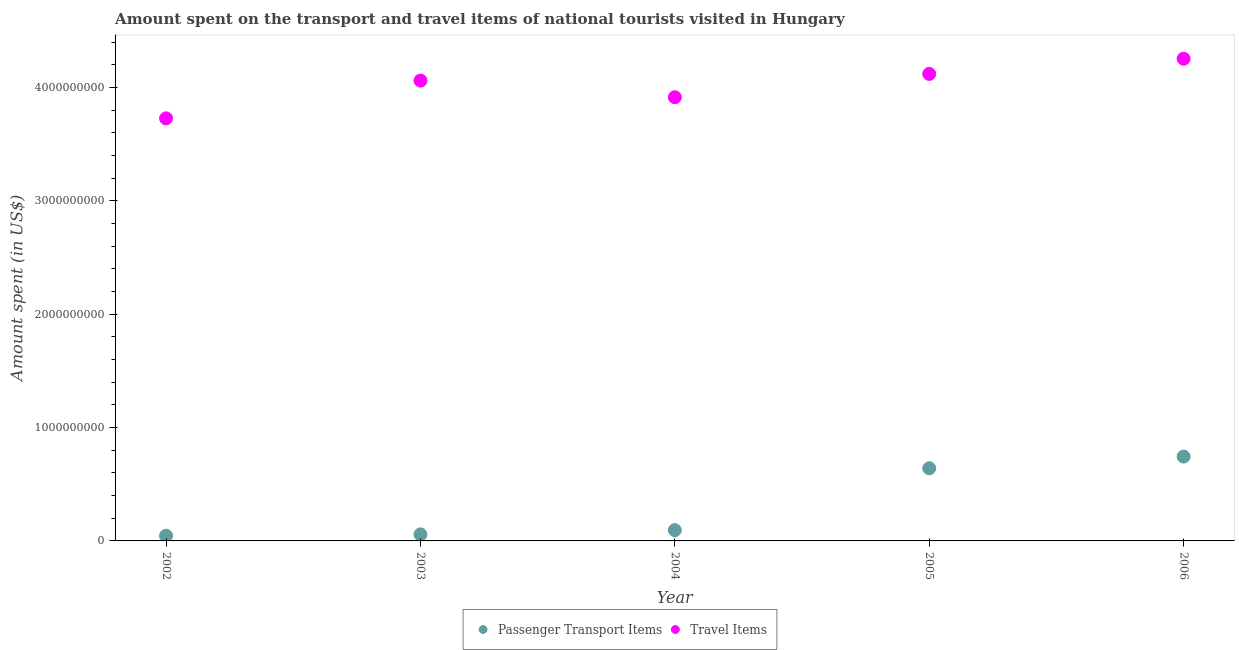
| Year | Passenger Transport Items | Travel Items |
 | --- | --- | --- |
 | 2002 | 4.6e+07 | 3.73e+09 |
 | 2003 | 5.8e+07 | 4.06e+09 |
 | 2004 | 9.5e+07 | 3.91e+09 |
 | 2005 | 6.41e+08 | 4.12e+09 |
 | 2006 | 7.44e+08 | 4.25e+09 |